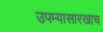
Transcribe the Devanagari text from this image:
उपम्यासारखाच